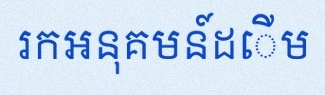
រកអនុគមន៍ដើម